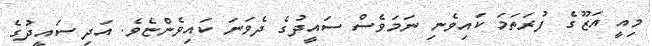
މިއީ އަޒޫގެ ފުރަތަމަ ކައިވެނި ނަަމަވެސް ސައީދުގެ ދެވަނަ ކައިވެންޏެވެ. އަދި ސައީދުގެ